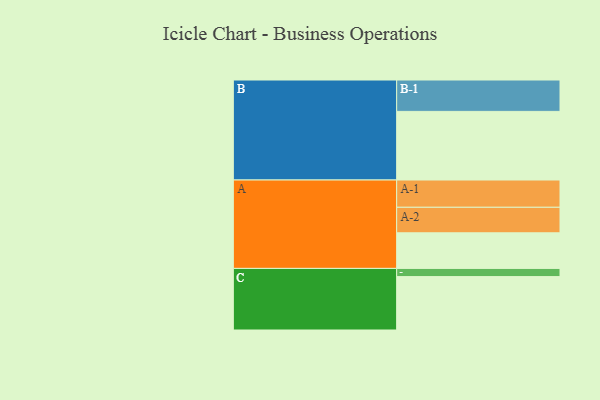
{"axis": {"x": "Segment", "y": "Value"}, "legend": ["", "A", "B", "C"], "data": [{"x": "A", "y": 304, "type": ""}, {"x": "B", "y": 586, "type": ""}, {"x": "C", "y": 456, "type": ""}, {"x": "A-1", "y": 233, "type": "A"}, {"x": "A-2", "y": 218, "type": "A"}, {"x": "B-1", "y": 268, "type": "B"}, {"x": "C-1", "y": 70, "type": "C"}]}